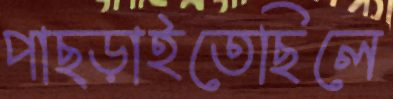
পাছ্‌ড়াইতেছিলে